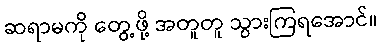
ဆရာမကို တွေ့ဖို့ အတူတူ သွားကြရအောင်။